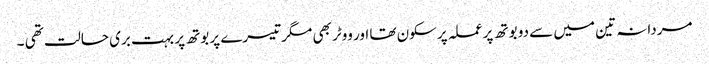
مردانہ تین میں سے دو بوتھ پر عملہ پرسکون تھا اور ووٹر بھی مگر تیسرے پر بوتھ پر بہت بری حالت تھی ۔